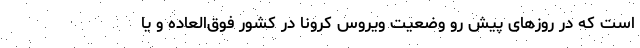
است که در روزهای پیش ‌رو وضعیت ویروس کرونا در کشور فوق‌العاده و یا